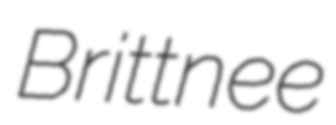
Brittnee